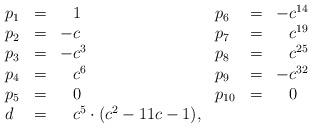
LaTeX: \begin{align*}\begin{array}{lcllcl}p_{1} &=& \phantom{-}1 & p_{6} &=& -c^{14}\\p_{2} &=& -c & p_{7} &=& \phantom{-}c^{19}\\p_{3} &=& -c^{3} & p_{8} &=& \phantom{-}c^{25}\\p_{4} &=& \phantom{-}c^{6} & p_{9} &=& -c^{32}\\p_{5} &=& \phantom{-}0 & p_{10} &=& \phantom{-}0\\d &=& \phantom{-}c^{5} \cdot (c^{2} - 11 c - 1),\end{array}\end{align*}